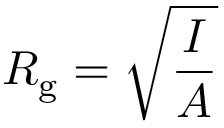
R _ { \mathrm { g } } = { \sqrt { \frac { I } { A } } }